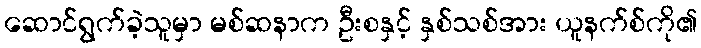
ဆောင်ရွက်ခဲ့သူမှာ မစ်ဆနာက ဦးစနှင့် နှစ်သစ်အား ယူနက်စ်ကို၏